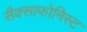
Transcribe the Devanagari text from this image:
सैक्साफोनिस्ट